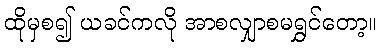
ထိုမှစ၍ ယခင်ကလို အာစလျှာစမရွှင်တော့။